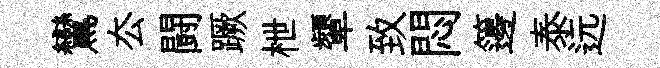
鸞厺闘蹶枻顰致悶籩泰远